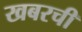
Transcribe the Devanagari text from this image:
खबरची